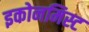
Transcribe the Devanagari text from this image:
इकोनमिस्ट